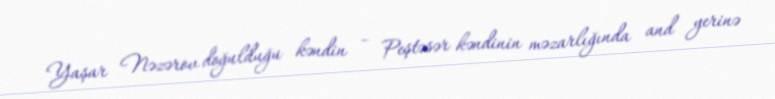
Yaşar Nəzərov doğulduğu kəndin – Peştəsər kəndinin məzarlığında and yerinə